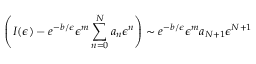
\left( I ( \epsilon ) - e ^ { - b / \epsilon } \epsilon ^ { m } \sum _ { n = 0 } ^ { N } a _ { n } \epsilon ^ { n } \right) \sim e ^ { - b / \epsilon } \epsilon ^ { m } a _ { N + 1 } \epsilon ^ { N + 1 }